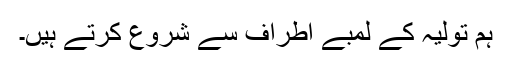
ہم تولیہ کے لمبے اطراف سے شروع کرتے ہیں۔